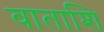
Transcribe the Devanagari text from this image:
वाताशि